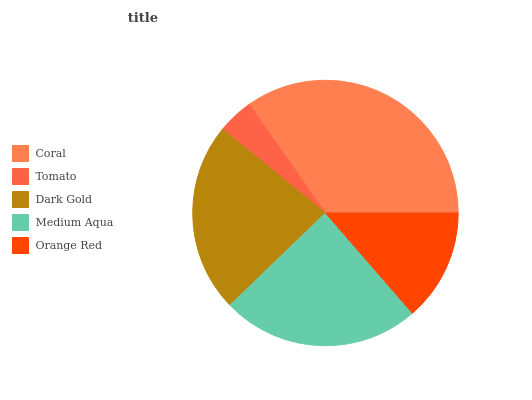
| Coral | Tomato | Dark Gold | Medium Aqua | Orange Red |
 | --- | --- | --- | --- | --- |
 | 34.7% | 4.36% | 23.1% | 24.2% | 13.6% |